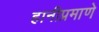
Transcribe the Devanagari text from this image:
हानीप्रमाणे